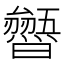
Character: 𭨐